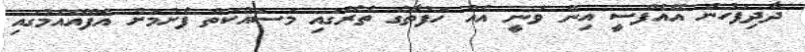
ދާދިފަހުން އޭއެފްސީ އިން ވަނީ އެއް ހަފުތާގެ ތެރޭގައި މަސައްކަތް ފެށުމަށް އެފްއޭއެމުގައި